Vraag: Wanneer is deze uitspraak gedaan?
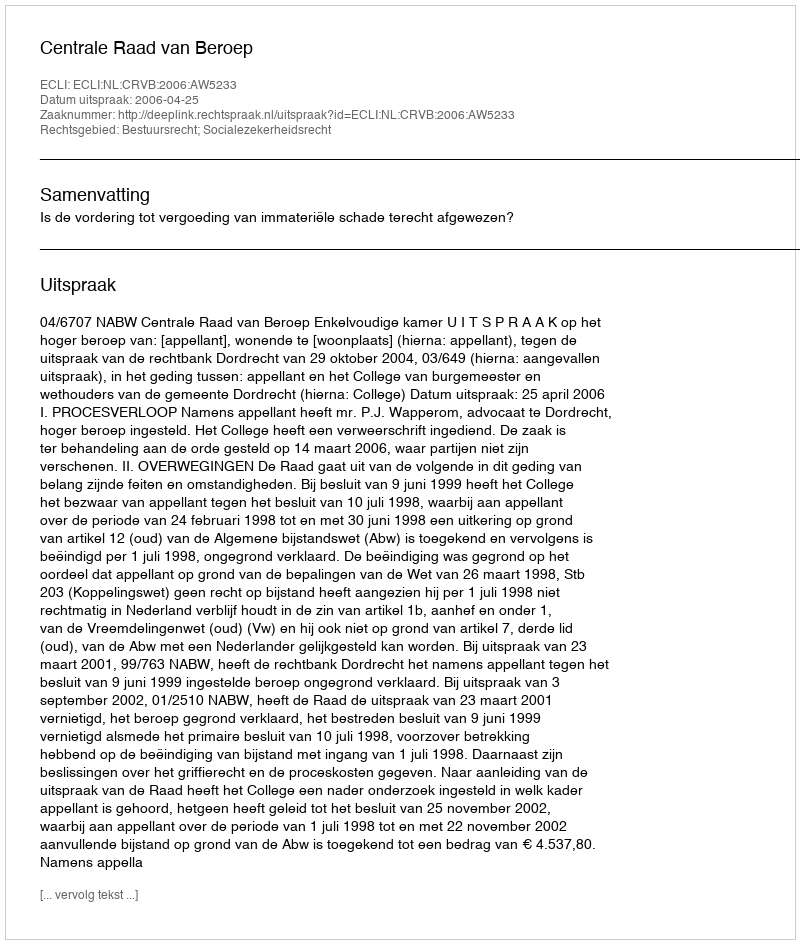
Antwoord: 2006-04-25